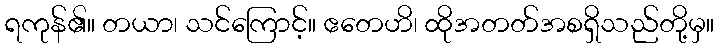
ရကုန်၏။ တယာ၊ သင်ကြောင့်။ ဧတေဟိ၊ ထိုအတတ်အစရှိသည်တို့မှ။